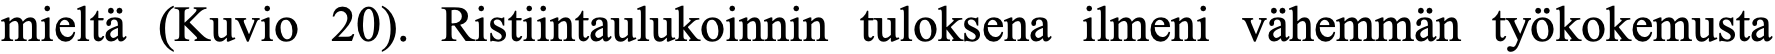
mieltä (Kuvio 20). Ristiintaulukoinnin tuloksena ilmeni vähemmän työkokemusta